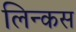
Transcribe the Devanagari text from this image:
लिन्कस